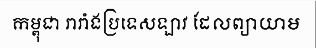
កម្ពុជា រារាំងប្រទេសឡាវ ដែលព្យាយាម